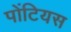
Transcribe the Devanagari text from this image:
पोंटियस